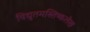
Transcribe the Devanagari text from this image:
विद्युतमस्तिष्कलेख